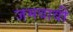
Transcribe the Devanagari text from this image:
जमवावी